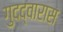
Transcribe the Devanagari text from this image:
गुदद्वारास